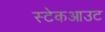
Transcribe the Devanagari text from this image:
स्टेकआउट